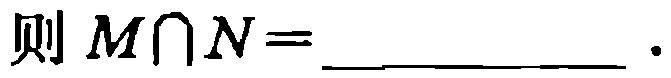
则 \(M\cap N = \_\_\_\_\_\_\) .